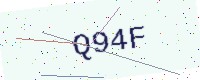
Text: Q94F